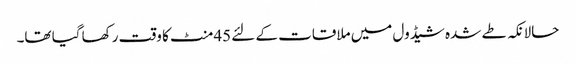
حالانکہ طے شدہ شیڈول میں ملاقات کے لئے 45منٹ کا وقت رکھا گیا تھا۔